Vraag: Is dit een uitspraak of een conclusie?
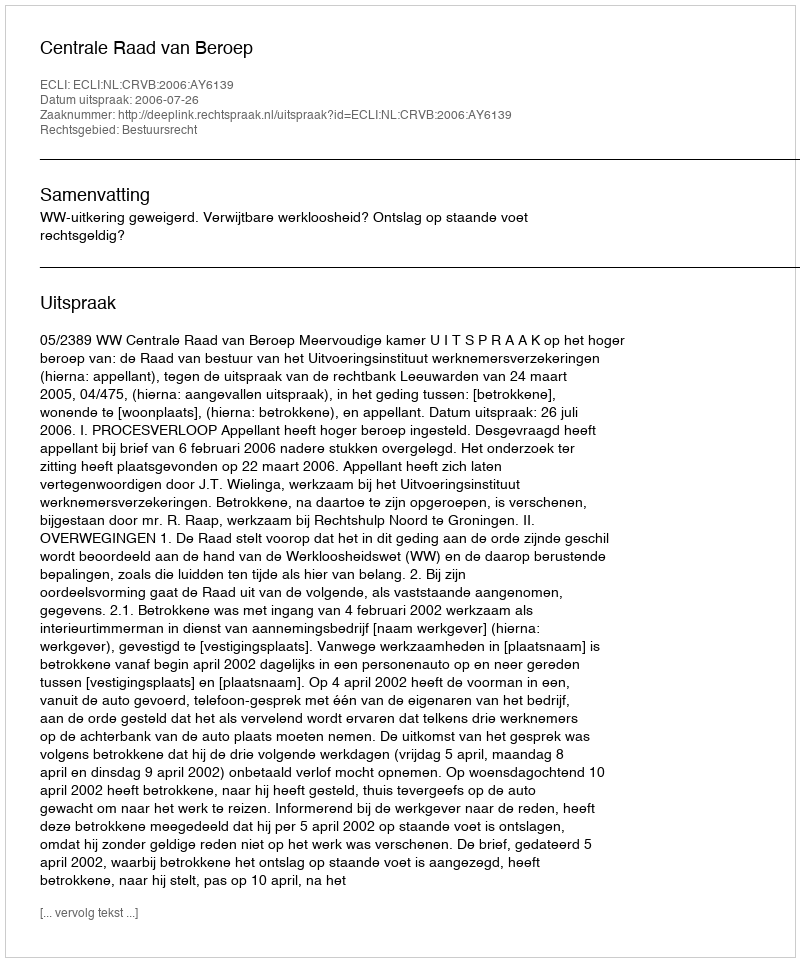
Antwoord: Uitspraak